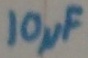
Text: 10µF